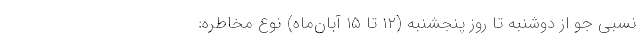
نسبی جو از دوشنبه تا روز پنجشنبه (۱۲ تا ۱۵ آبان‌ماه) نوع مخاطره: